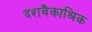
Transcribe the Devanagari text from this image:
दशवैकाश्रिक